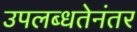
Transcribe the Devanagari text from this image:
उपलब्धतेनंतर